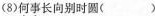
2.解释下列句子中加点的词。(4分)